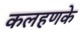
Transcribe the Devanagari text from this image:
कलहणके